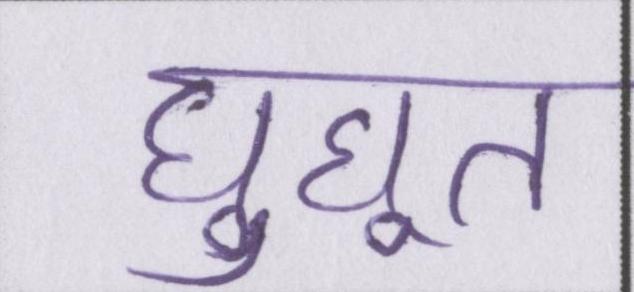
घुघूत